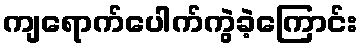
ကျရောက်ပေါက်ကွဲခဲ့ကြောင်း